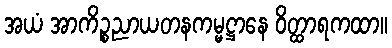
အယံ အာကိဉ္စညာယတနကမ္မဋ္ဌာနေ ဝိတ္ထာရကထာ။